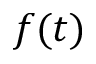
f ( t )